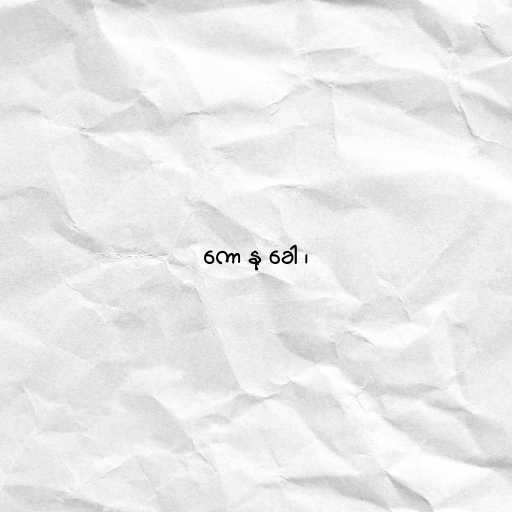
ကော နု ခေါ ၊